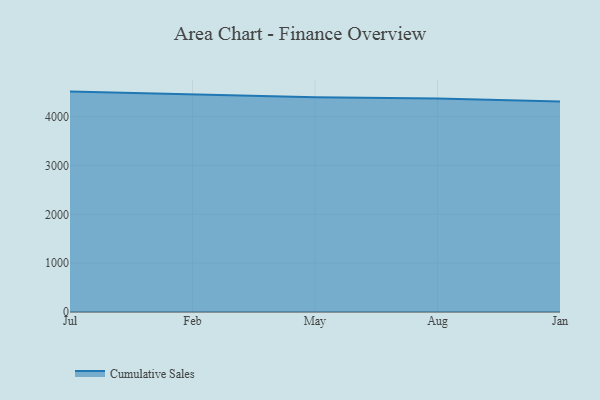
{"axis": {"x": "Month", "y": "Humidity (%)"}, "legend": ["Cumulative Sales"], "data": [{"x": "Jul", "y": 4513.8, "type": "Cumulative Sales"}, {"x": "Feb", "y": 4449.7, "type": "Cumulative Sales"}, {"x": "May", "y": 4398.1, "type": "Cumulative Sales"}, {"x": "Aug", "y": 4371.4, "type": "Cumulative Sales"}, {"x": "Jan", "y": 4311.5, "type": "Cumulative Sales"}]}